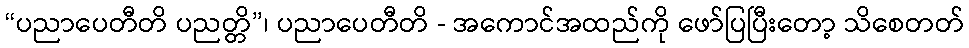
“ပညာပေတီတိ ပညတ္တိ”၊ ပညာပေတီတိ - အကောင်အထည်ကို ဖော်ပြပြီးတော့ သိစေတတ်